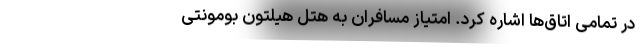
در تمامی اتاق‌ها اشاره کرد. امتیاز مسافران به هتل هیلتون بومونتی